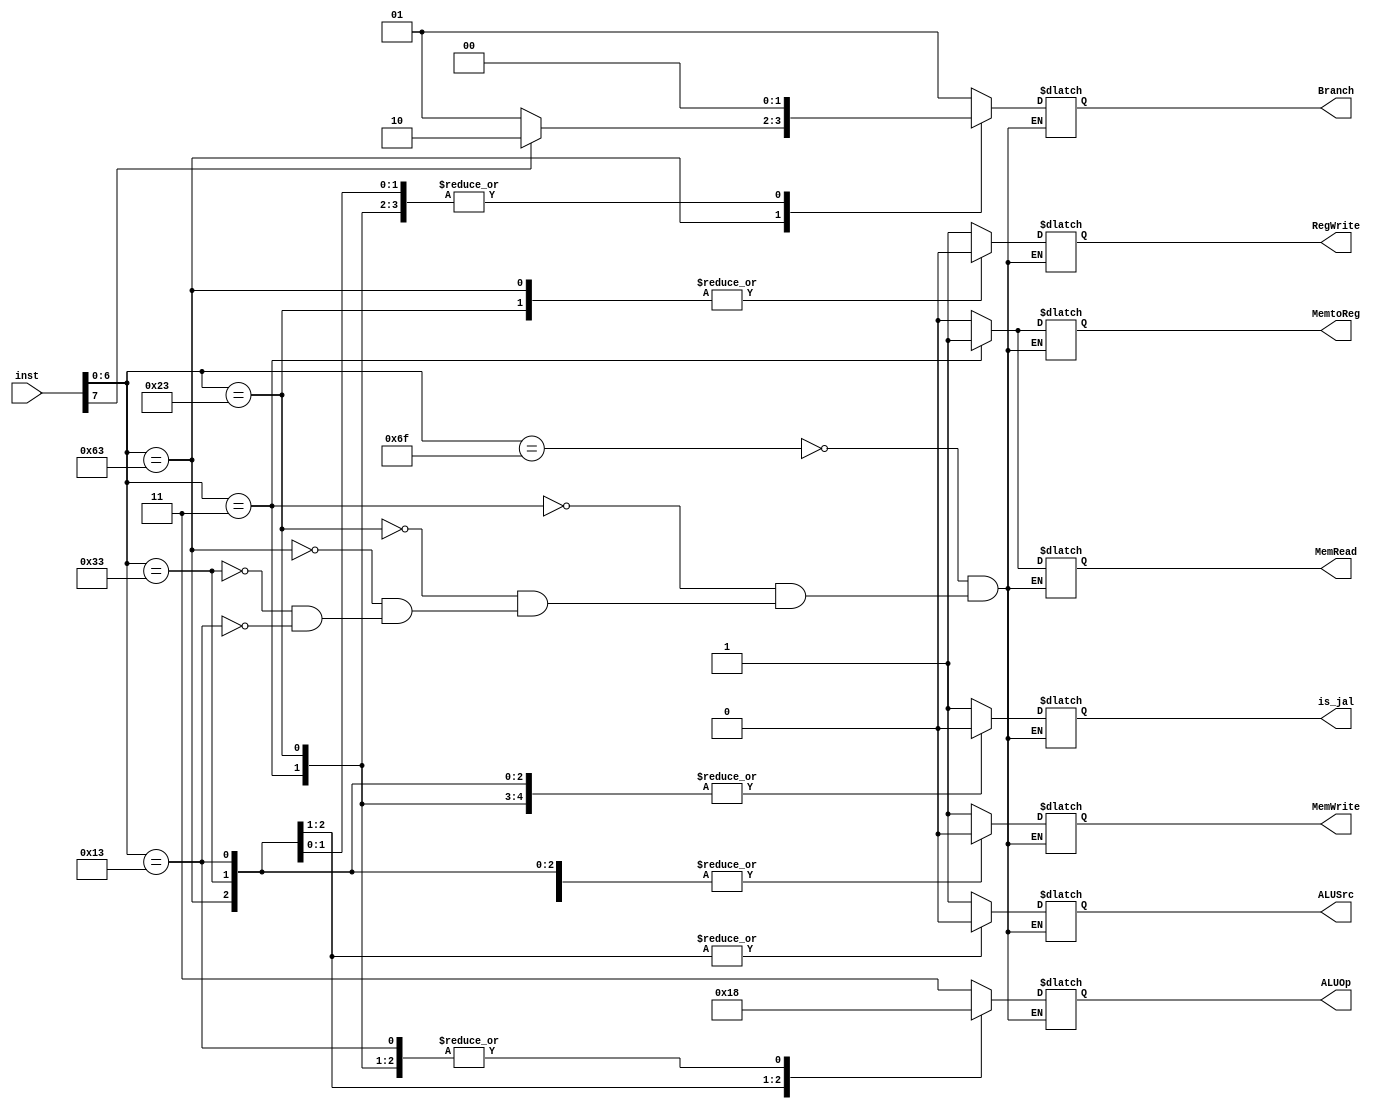
//
//Hrier
//202012414:01:05
module Control (
    input wire[7:0] inst,
    output reg RegWrite,
    output reg ALUSrc,
    output reg MemWrite,
    output reg MemRead,
    output reg MemtoReg,
    output reg[1:0] Branch,
    output reg is_jal,
    output reg[1:0] ALUOp
);

always@(*)begin
    case(inst[6:0])
        7'b1101111:begin        //jal
            ALUOp <= 2'b11;
            ALUSrc <= 1;
            MemtoReg <= 0;
            RegWrite <= 1;
            MemRead <= 0;
            MemWrite <= 1;
            Branch <= 1;
            is_jal <= 1;
        end
        7'b0000011:begin        //lw
            ALUOp <= 2'b00;
            ALUSrc <= 1;
            MemtoReg <= 1;
            RegWrite <= 1;
            MemRead <= 1;
            MemWrite <= 0;
            Branch <= 0;
            is_jal <= 0;
        end
        7'b0100011:begin        //sw
            ALUOp <= 2'b00;
            ALUSrc <= 1;
            MemtoReg <= 0;
            RegWrite <= 0;
            MemRead <= 0;
            MemWrite <= 1;
            Branch <= 0;
            is_jal <= 0;
        end
        7'b1100011:begin        //begblt
            ALUOp <= 2'b01;
            ALUSrc <= 0;
            MemtoReg <= 0;
            RegWrite <= 0;
            MemRead <= 0;
            MemWrite <= 0;   
            is_jal <= 0;    
            if(inst[7])begin
                Branch <= 2'b10;  //blt
            end   
            else begin
                Branch <= 2'b01;  //beq
            end
        end
        7'b0110011:begin        //
            ALUOp <= 2'b10;
            ALUSrc <= 0;
            MemtoReg <= 0;
            RegWrite <= 1;
            MemRead <= 0;
            MemWrite <= 0;
            Branch <= 0;    
            is_jal <= 0;        
        end
        7'b0010011:begin        //
            ALUOp <= 2'b00;
            ALUSrc <= 1;
            MemtoReg <= 0;
            RegWrite <= 1;
            MemRead <= 0;
            MemWrite <= 0;
            Branch <= 0;
            is_jal <= 0;
        end
    endcase
end
    
endmodule